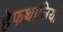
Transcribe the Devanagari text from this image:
हेफथालियों